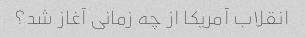
انقلاب آمریکا از چه زمانی آغاز شد؟